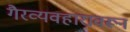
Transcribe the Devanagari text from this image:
गैरव्यवहारावरून